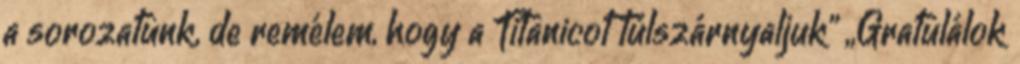
a sorozatunk, de remélem, hogy a Titanicot túlszárnyaljuk” „Gratulálok